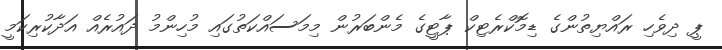
ޕީ ދިވެހި ރައްޔިތުންގެ ޑިމޮކްރެޓިކް ޕާޓީގެ މެންބަރުން މިމަސައްކަތުގައި މުހިންމު ދައުރެއް އަދާކުރިކަމީ